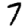
Digit: 7